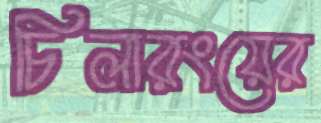
চিলারংয়ের